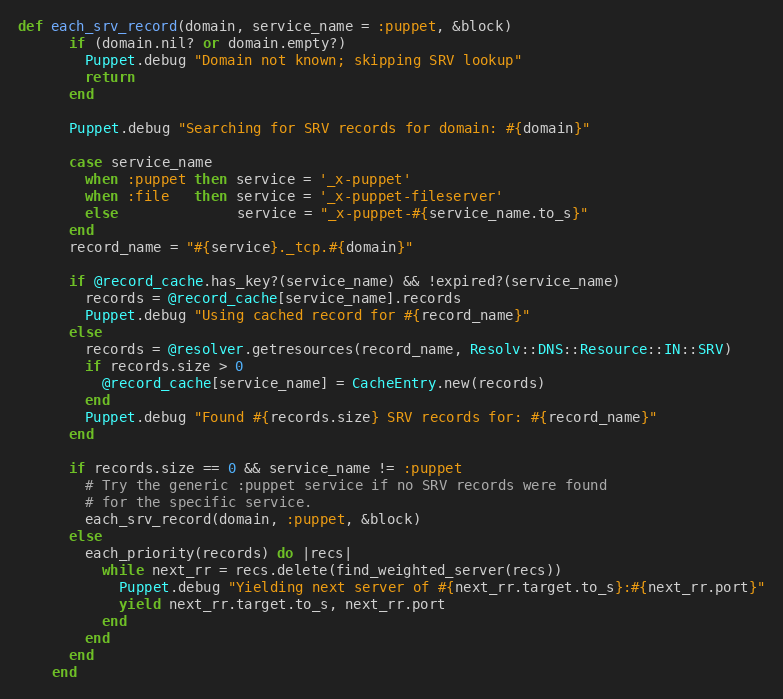
Language: Ruby
def each_srv_record(domain, service_name = :puppet, &block)
      if (domain.nil? or domain.empty?)
        Puppet.debug "Domain not known; skipping SRV lookup"
        return
      end

      Puppet.debug "Searching for SRV records for domain: #{domain}"

      case service_name
        when :puppet then service = '_x-puppet'
        when :file   then service = '_x-puppet-fileserver'
        else              service = "_x-puppet-#{service_name.to_s}"
      end
      record_name = "#{service}._tcp.#{domain}"

      if @record_cache.has_key?(service_name) && !expired?(service_name)
        records = @record_cache[service_name].records
        Puppet.debug "Using cached record for #{record_name}"
      else
        records = @resolver.getresources(record_name, Resolv::DNS::Resource::IN::SRV)
        if records.size > 0
          @record_cache[service_name] = CacheEntry.new(records)
        end
        Puppet.debug "Found #{records.size} SRV records for: #{record_name}"
      end

      if records.size == 0 && service_name != :puppet
        # Try the generic :puppet service if no SRV records were found
        # for the specific service.
        each_srv_record(domain, :puppet, &block)
      else
        each_priority(records) do |recs|
          while next_rr = recs.delete(find_weighted_server(recs))
            Puppet.debug "Yielding next server of #{next_rr.target.to_s}:#{next_rr.port}"
            yield next_rr.target.to_s, next_rr.port
          end
        end
      end
    end